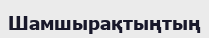
Шамшырақтыңтың